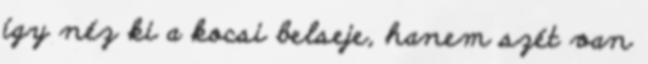
így néz ki a kocsi belseje, hanem szét van